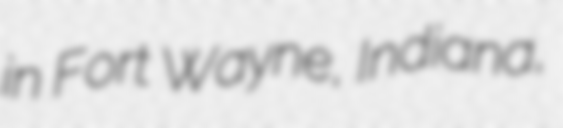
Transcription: in Fort Wayne, Indiana,